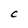
Character: C